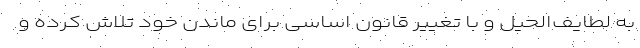
به لطایف‌الحیل و با تغییر قانون اساسی برای ماندن خود تلاش کرده و